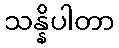
သန္နိပါတာ